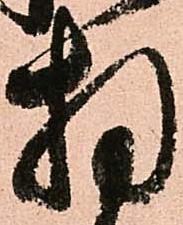
拝